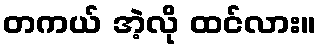
တကယ် အဲ့လို ထင်လား။